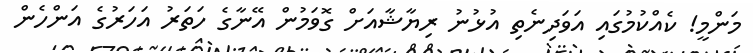
މަންމީ! ކެއްކުމުގައި އަވަދިނެތި އުޅުނު ރިޔާޝާއަށް ގޮވަމުން އޭނާގެ ހަތަރު އަހަރުގެ އަންހެން